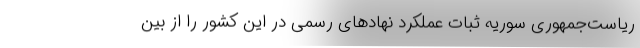
ریاست‌جمهوری سوریه ثبات عملکرد نهادهای رسمی در این کشور را از بین